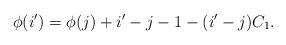
LaTeX: \begin{align*}\phi(i') = \phi(j) + i'- j - 1 - (i' - j) C_1.\end{align*}